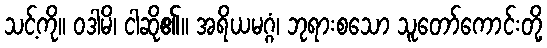
သင့်ကို။ ဝဒါမိ၊ ငါဆို၏။ အရိယမဂ္ဂံ၊ ဘုရားစသော သူတော်ကောင်းတို့